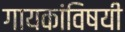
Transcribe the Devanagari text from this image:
गायकांविषयी